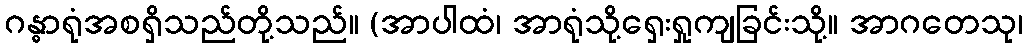
ဂန္ဓာရုံအစရှိသည်တို့သည်။ (အာပါထံ၊ အာရုံသို့ရှေးရှုကျခြင်းသို့။ အာဂတေသု၊